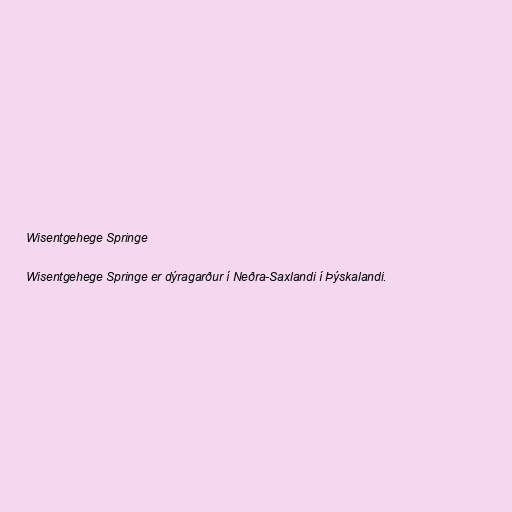
Wisentgehege Springe

Wisentgehege Springe er dýragarður í Neðra-Saxlandi í Þýskalandi.